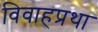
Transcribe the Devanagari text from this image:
विवाहप्रथा